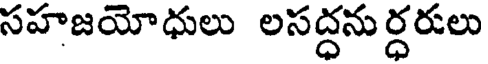
సహజయోధులు లసద్ధనుర్ధరులు